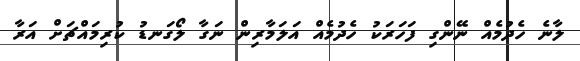
ލާނެ ހެދުމެއް ނޭންގި ފަހަރަކު ހެދުމެއް އަލަމާރިން ނަގާ ލޯގަނޑު ކުރިމައްޗަށް އަރާ